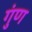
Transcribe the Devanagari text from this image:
गुंण